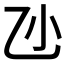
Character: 𠃝